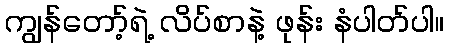
ကျွန်တော့်ရဲ့ လိပ်စာနဲ့ ဖုန်း နံပါတ်ပါ။